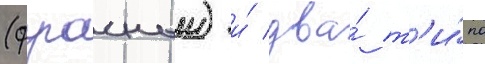
(фугасныи) и́ два́ т'и́па